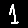
Digit: 1